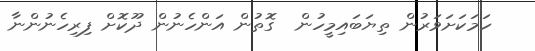
ހަމަކަށަވަރުން ތިޔަބައިމީހުން  ގޮތުން އަންހެނުން ދޫކޮށް ފިރިހެނުންނާ